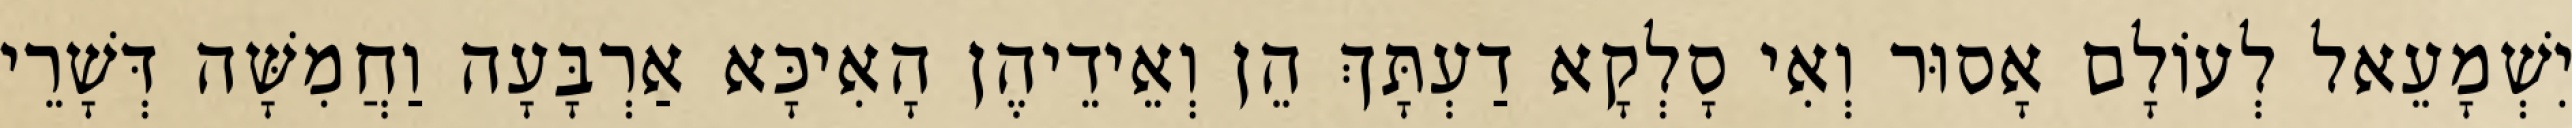
יִשְׁמָעֵאל לְעוֹלָם אָסוּר וְאִי סָלְקָא דַעְתָּךְ הֵן וְאֵידֵיהֶן הָאִיכָּא אַרְבָּעָה וַחֲמִשָּׁה דְּשָׁרֵי